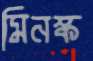
মিনস্ক